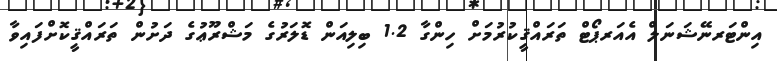
އިންޓަރނޭޝަނަލް އެއަރޕޯޓް ތަރައްޤީކުރުމަށް ހިންގާ 1.2 ބިލިއަން ޑޮލަރުގެ މަޝްރޫޢުގެ ދަށުން ތަރައްޤީކޮށްފައިވާ